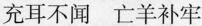
充耳不闻 亡羊补牢